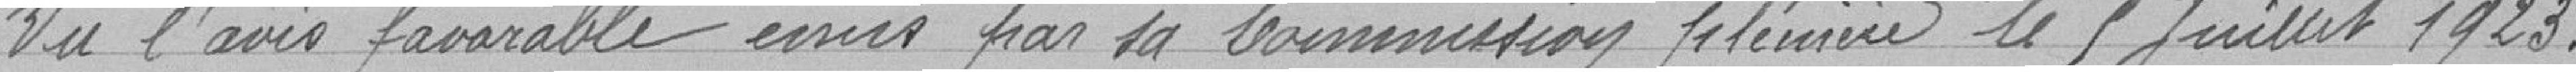
Vu l'avis favorable émis par la Commission plénière le 5 juillet 1923.